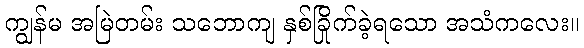
ကျွန်မ အမြဲတမ်း သဘောကျ နှစ်ခြိုက်ခဲ့ရသော အသံကလေး။